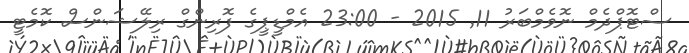
ސްޓޮޕްދެމް ނޮވެމްބަރު 11